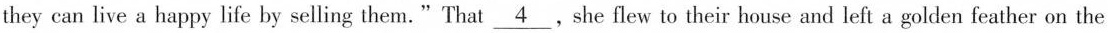
they can live a happy life by selling them."That \underline{4},she flew to their house and left a golden feather on the